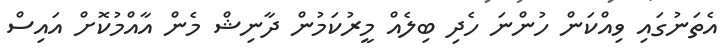
އެތަނުގައި ވިއްކަން ހުންނަ ހެދި ބިލެއް މީރުކަމުން ދާނިޝް މެން އާއްމުކޮށް އައިސް